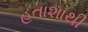
હતાશાથી